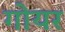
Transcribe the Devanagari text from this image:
गोयर